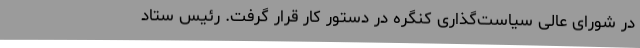
در شورای عالی سیاست‌گذاری کنگره در دستور کار قرار گرفت. رئیس ستاد